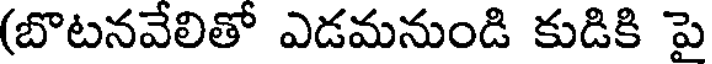
(బొటనవేలితో ఎడమనుండి కుడికి పై